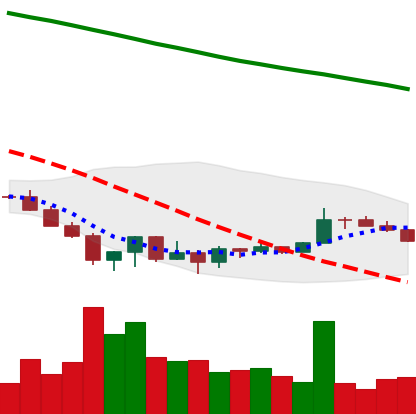
Ticker: XRP-USD
Chart end date: 2022-06-28
Forward return: -4.632%
Label: down_3_5